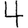
Digit: 4